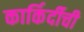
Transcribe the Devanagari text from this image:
कार्किर्दीची